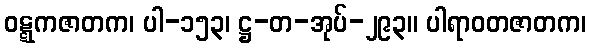
ဝဋ္ဋကဇာတက၊ ပါ-၁၅၃၊ ဋ္ဌ-တ-အုပ်-၂၉၃။ ပါရာဝတဇာတက၊